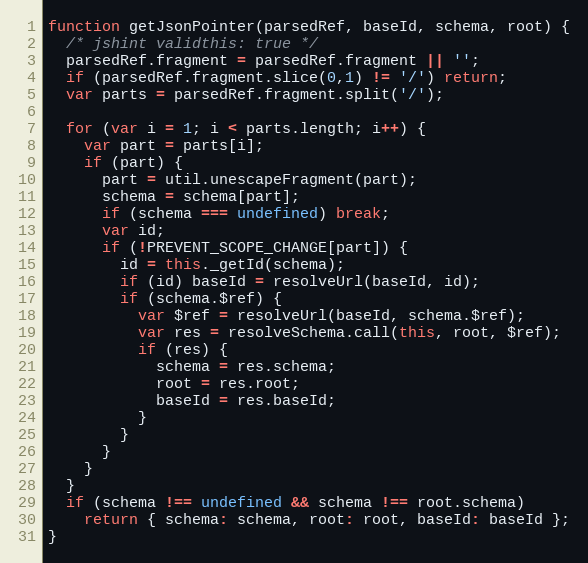
Language: JavaScript
function getJsonPointer(parsedRef, baseId, schema, root) {
  /* jshint validthis: true */
  parsedRef.fragment = parsedRef.fragment || '';
  if (parsedRef.fragment.slice(0,1) != '/') return;
  var parts = parsedRef.fragment.split('/');

  for (var i = 1; i < parts.length; i++) {
    var part = parts[i];
    if (part) {
      part = util.unescapeFragment(part);
      schema = schema[part];
      if (schema === undefined) break;
      var id;
      if (!PREVENT_SCOPE_CHANGE[part]) {
        id = this._getId(schema);
        if (id) baseId = resolveUrl(baseId, id);
        if (schema.$ref) {
          var $ref = resolveUrl(baseId, schema.$ref);
          var res = resolveSchema.call(this, root, $ref);
          if (res) {
            schema = res.schema;
            root = res.root;
            baseId = res.baseId;
          }
        }
      }
    }
  }
  if (schema !== undefined && schema !== root.schema)
    return { schema: schema, root: root, baseId: baseId };
}